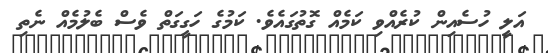
އަލީ ހުސެއިން ކުރެއްވި ކަމެއް ގޮތުގައެވެ. ކަމުގެ ހަގީގަތް ވެސް ބެލުމެއް ނެތި